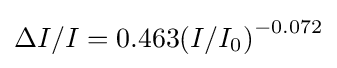
\Delta I/I=0.463{(I/I_{0})}^{-0.072}